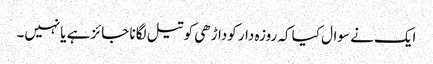
ایک نے سوال کیا کہ روزہ دار کوداڑھی کو تیل لگانا جائز ہے یانہیں۔